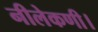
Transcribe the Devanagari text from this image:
नीलेकणी।